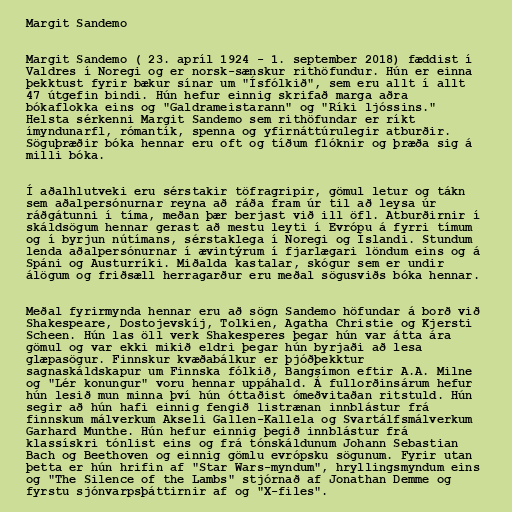
Margit Sandemo

Margit Sandemo ( 23. apríl 1924 - 1. september 2018) fæddist í
Valdres í Noregi og er norsk-sænskur rithöfundur. Hún er einna
þekktust fyrir bækur sínar um "Ísfólkið", sem eru allt í allt
47 útgefin bindi. Hún hefur einnig skrifað marga aðra
bókaflokka eins og "Galdrameistarann" og "Ríki ljóssins."
Helsta sérkenni Margit Sandemo sem rithöfundar er ríkt
ímyndunarfl, rómantík, spenna og yfirnáttúrulegir atburðir.
Söguþræðir bóka hennar eru oft og tíðum flóknir og þræða sig á
milli bóka.

Í aðalhlutveki eru sérstakir töfragripir, gömul letur og tákn
sem aðalpersónurnar reyna að ráða fram úr til að leysa úr
ráðgátunni í tíma, meðan þær berjast við ill öfl. Atburðirnir í
skáldsögum hennar gerast að mestu leyti í Evrópu á fyrri tímum
og í byrjun nútímans, sérstaklega í Noregi og Íslandi. Stundum
lenda aðalpersónurnar í ævintýrum í fjarlægari löndum eins og á
Spáni og Austurríki. Miðalda kastalar, skógur sem er undir
álögum og friðsæll herragarður eru meðal sögusviðs bóka hennar.

Meðal fyrirmynda hennar eru að sögn Sandemo höfundar á borð við
Shakespeare, Dostojevskíj, Tolkien, Agatha Christie og Kjersti
Scheen. Hún las öll verk Shakesperes þegar hún var átta ára
gömul og var ekki mikið eldri þegar hún byrjaði að lesa
glæpasögur. Finnskur kvæðabálkur er þjóðþekktur
sagnaskáldskapur um Finnska fólkið, Bangsímon eftir A.A. Milne
og "Lér konungur" voru hennar uppáhald. Á fullorðinsárum hefur
hún lesið mun minna því hún óttaðist ómeðvitaðan ritstuld. Hún
segir að hún hafi einnig fengið listrænan innblástur frá
finnskum málverkum Akseli Gallen-Kallela og Svartálfsmálverkum
Garhard Munthe. Hún hefur einnig þegið innblástur frá
klassískri tónlist eins og frá tónskáldunum Johann Sebastian
Bach og Beethoven og einnig gömlu evrópsku sögunum. Fyrir utan
þetta er hún hrifin af "Star Wars-myndum", hryllingsmyndum eins
og "The Silence of the Lambs" stjórnað af Jonathan Demme og
fyrstu sjónvarpsþáttirnir af og "X-files".